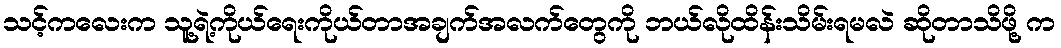
သင့်ကလေးက သူ့ရဲ့ကိုယ်ရေးကိုယ်တာအချက်အလက်တွေကို ဘယ်လိုထိန်းသိမ်းရမလဲ ဆိုတာသိဖို့ က